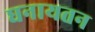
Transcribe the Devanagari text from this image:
घनायतन